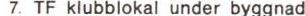
7. TF klubblokal under byggnad